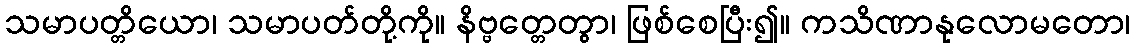
သမာပတ္တိယော၊ သမာပတ်တို့ကို။ နိဗ္ဗတ္တေတွာ၊ ဖြစ်စေပြီး၍။ ကသိဏာနုလောမတော၊